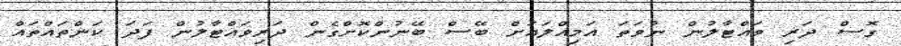
ގޮސް ދަރި ވައްޓާލުން ނުވަތަ އަމިއްލައަށް ބޭސް ބޭނުންކޮށްގެން ދަރިވައްޓާލުން ފަދަ ކަންތައްތައް